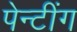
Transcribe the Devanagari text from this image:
पेन्टींग